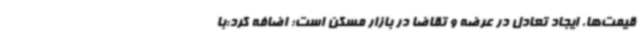
قیمت‌ها، ایجاد تعادل در عرضه و تقاضا در بازار مسکن است؛ اضافه کرد:با